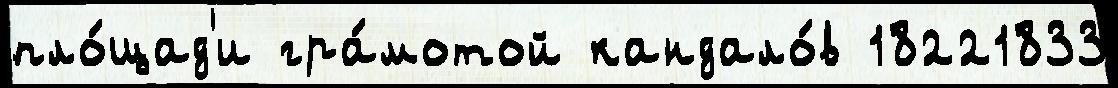
пло́щад'и гра́мотой кандало́в 18221833